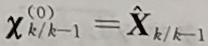
$\boldsymbol{\chi}_{k \mid k-1}^{(0)}=\hat{\boldsymbol{X}}_{k \mid k-1}$